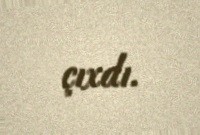
çıxdı.